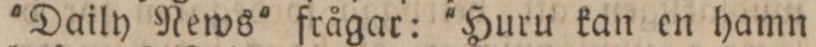
'Daily News' frågar: 'Huru kan en hamn